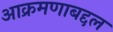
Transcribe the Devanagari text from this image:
आक्रमणाबद्दल